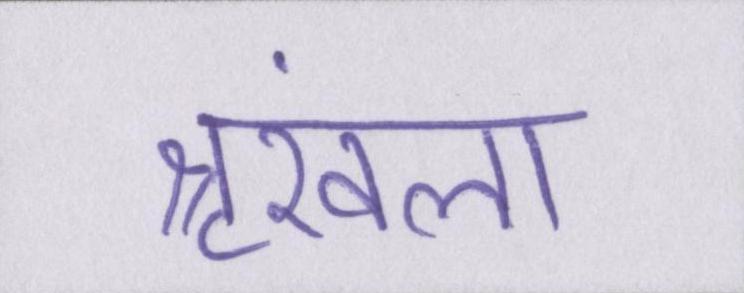
श्रृंखला